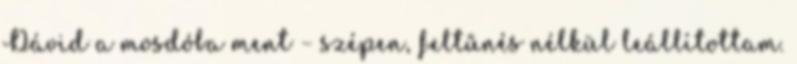
Dávid a mosdóba ment – szépen, feltűnés nélkül leállí­tot­tam.